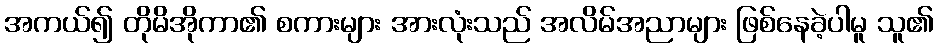
အကယ်၍ တိုမိအိုကာ၏ စကားများ အားလုံးသည် အလိမ်အညာများ ဖြစ်နေခဲ့ပါမူ သူ၏